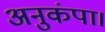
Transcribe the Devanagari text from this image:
अनुकंपा।